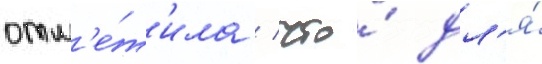
отм'е́т'ила / что́ дл'я́